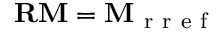
\mathbf { R M } = \mathbf { M } _ { \mathrm { ~ r ~ r ~ e ~ f ~ } }